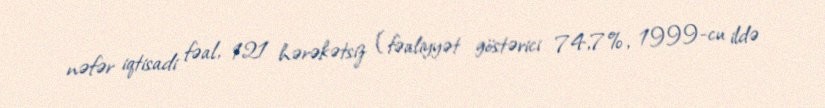
nəfər iqtisadi fəal, 121 hərəkətsiz (fəaliyyət göstərici 74,7%, 1999-cu ildə